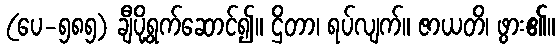
(ပေ-၅၈၅) ချီပို့ရွက်ဆောင်၍။ ဌိတာ၊ ရပ်လျက်။ ဇာယတိ၊ ဖွား၏။